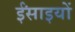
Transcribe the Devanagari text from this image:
ईंसाइयों